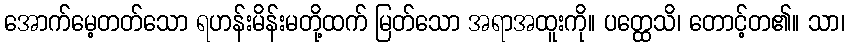
အောက်မေ့တတ်သော ရဟန်းမိန်းမတို့ထက် မြတ်သော အရာအထူးကို။ ပတ္ထေသိ၊ တောင့်တ၏။ သာ၊